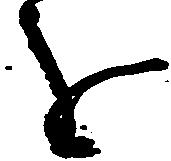
を